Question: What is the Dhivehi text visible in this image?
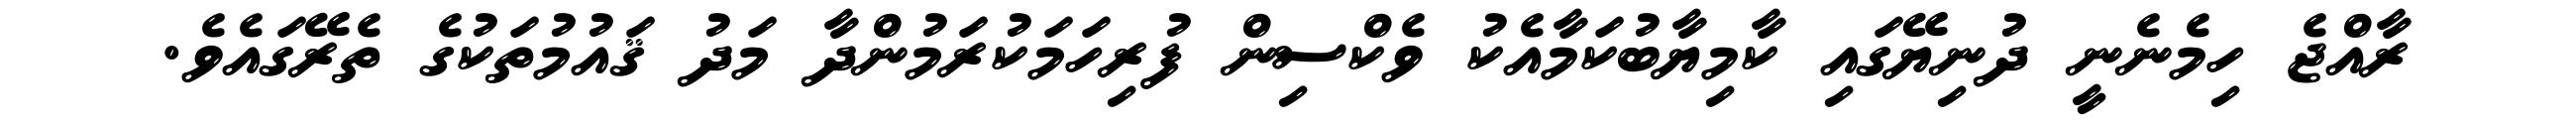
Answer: ރާއްޖެ ހިމެނެނީ ދުނިޔޭގައި ކާމިޔާބުކަމާއެކު ވެކްސިން ފުރިހަމަކުރަމުންދާ މަދު ޤައުމުތަކުގެ ތެރޭގައެވެ.